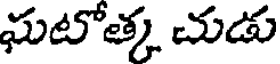
ఘటోత్క చుడు